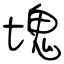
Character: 塊